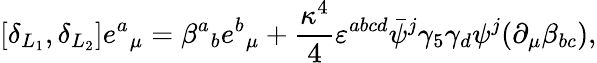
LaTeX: [\delta_{L_{1}},\delta_{L_{2}}]e{^a}_{\mu}=\beta{^a}_{b}e{^b}_{\mu}+{\frac{\kappa^{4}}{4}}\varepsilon^{abcd}\bar{\psi}{^j}\gamma_{5}\gamma_{d}\psi{^j}(\partial_{\mu}\beta_{bc}),